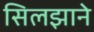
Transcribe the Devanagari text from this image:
सिलझाने